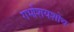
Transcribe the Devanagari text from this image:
गर्भाशयशोथ